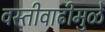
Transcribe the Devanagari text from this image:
वस्तीवाढीमुळे